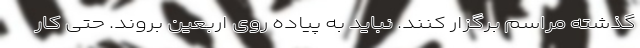
گذشته مراسم برگزار کنند. نباید به پیاده روی اربعین بروند. حتی کار